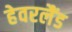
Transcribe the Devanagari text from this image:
हेवरलैंड